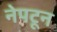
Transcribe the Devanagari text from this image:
नेपटून